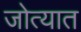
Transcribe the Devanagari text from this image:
जोत्यात